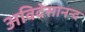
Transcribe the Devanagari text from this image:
अविदेसानन्द